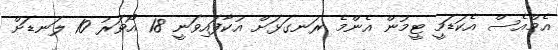
އެމްއެސް އެކަޑަމީ ޓީމުން އެންމެ ރަނގަޅަށް އުކާފައިވަނީ 18 އޯވަރު 10 ލަނޑަށް